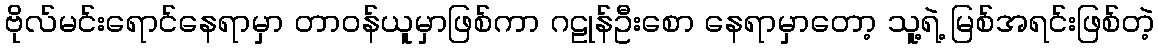
ဗိုလ်မင်းရောင်နေရာမှာ တာဝန်ယူမှာဖြစ်ကာ ဂဠုန်ဦးစော နေရာမှာတော့ သူ့ရဲ့ မြစ်အရင်းဖြစ်တဲ့